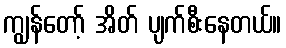
ကျွန်တော့် အိတ် ပျက်စီးနေတယ်။